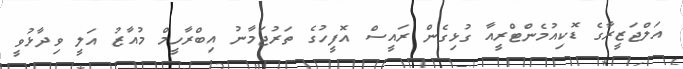
އަލްޖަޒީރާގެ ޑޮކިއުމެންޓްރީއާ ގުޅިގެން ރައީސް އޮފީހުގެ ތަރުޖަމާނު އިބްރާހީމް މުއާޒު އަލީ ވިދާޅުވީ